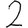
Digit: 2